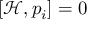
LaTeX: \left[ { \mathcal { H } } , p _ { i } \right] = 0